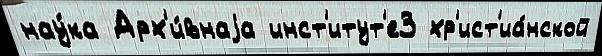
нау́ка Арх'и́внаjа инст'итут'е3 хр'ист'иа́нской